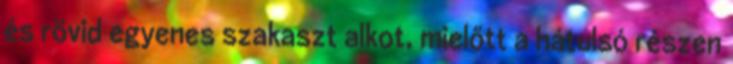
és rövid egyenes szakaszt alkot, mielőtt a hátulsó részen